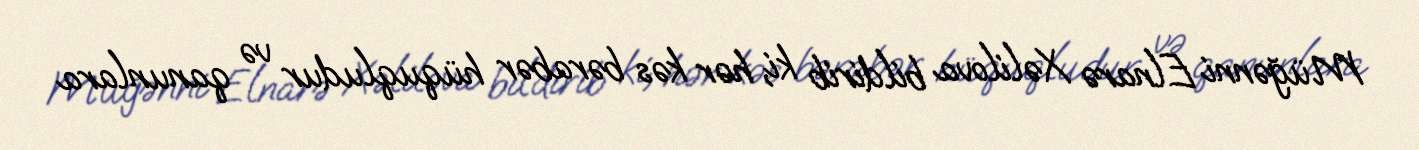
Müğənni Elnarə Xəlilova bildirib ki, hər kəs bərabər hüquqludur və qanunlara